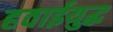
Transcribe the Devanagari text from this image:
हवाईयुद्ध